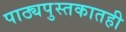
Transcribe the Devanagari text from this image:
पाठ्यपुस्तकातही